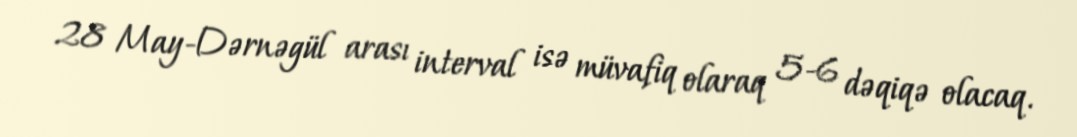
28 May-Dərnəgül arası interval isə müvafiq olaraq 5-6 dəqiqə olacaq.